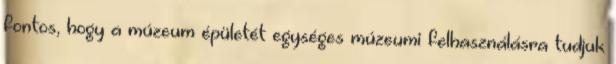
fontos, hogy a múzeum épületét egységes múzeumi felhasználásra tudjuk